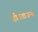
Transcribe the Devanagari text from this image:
हीनताजन्य